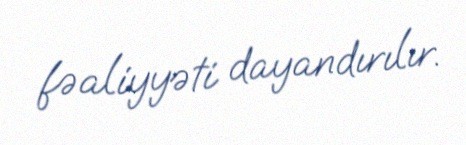
fəaliyyəti dayandırılır.